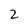
Character: 2